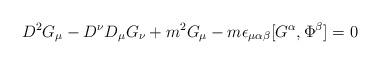
LaTeX: \begin{align*}D^2 G_\mu - D^\nu D_\mu G_\nu + m^2 G_\mu -m\epsilon_{\mu\alpha\beta}[G^\alpha,\Phi^\beta]=0\end{align*}